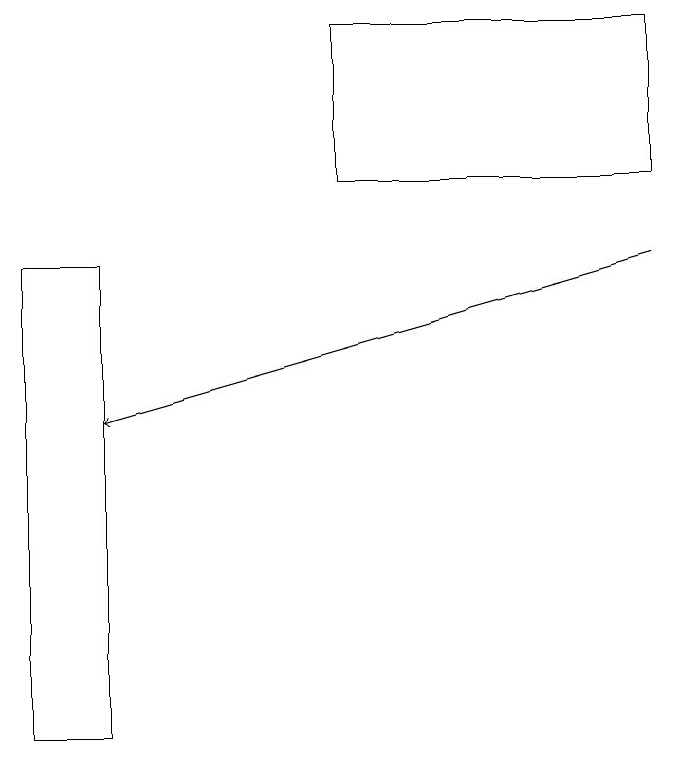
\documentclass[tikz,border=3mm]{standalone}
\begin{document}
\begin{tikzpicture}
\draw (1,10) rectangle (0,16);
\draw[->] (8,16) -- (1,14);
\draw (8,17) rectangle (4,19);
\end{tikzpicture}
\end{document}